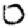
Digit: 0